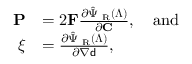
\begin{array} { r l } { \mathbf { P } } & { = 2 \mathbf { F } \frac { \partial \hat { \Psi } _ { \mathrm { \tiny ~ R } } ( \boldsymbol { \Lambda } ) } { \partial \mathbf { C } } , \quad \mathrm { a n d } } \\ { \boldsymbol { \xi } } & { = \frac { \partial \hat { \Psi } _ { \mathrm { \tiny ~ R } } ( \boldsymbol { \Lambda } ) } { \partial \nabla { \mathsf { d } } } , } \end{array}